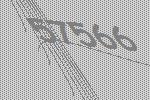
57566